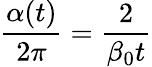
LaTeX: {\frac{\alpha(t)}{2\pi}}={\frac{2}{\beta_{0}t}}